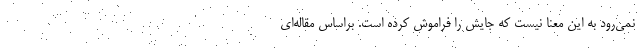
نمی‌رود به این معنا نیست که جایش را فراموش کرده است. براساس مقاله‌ای